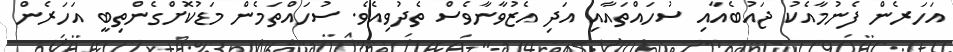
އަހަރެން ފެނުމާއެކު ޖައުބެއާއި ސުހައްތައާއި އަދި އެޒުވާނާވެސް ތެދުވިއެވެ. ސުހައްތަމެން މަޑުކޮށްގެންތިބީ އަހަރެން